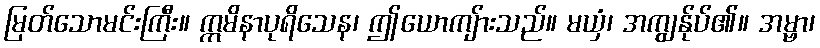
မြတ်သောမင်းကြီး။ ဣမိနာပုရိသေန၊ ဤယောကျ်ားသည်။ မယှံ၊ အကျွန်ုပ်၏။ အမ္ဗာ၊